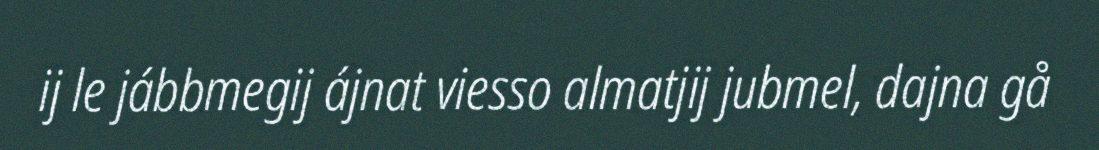
ij le jábbmegij ájnat viesso almatjij jubmel, dajna gå